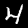
Label: 4